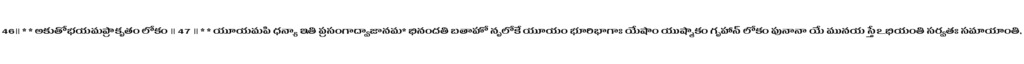
46॥ * * అకుతోభయమప్రాకృతం లోకం ॥ 47 ॥ * * యూయమపి ధన్యా ఇతి ప్రసంగాద్వాజానమ* భినందతి బతాహో నృలోకే యూయం భూరిభాగాః యేషాం యుష్మాకం గృహాన్ లోకం పునానా యే మునయ స్తేఽభియంతి సర్వతః సమాయాంతి,